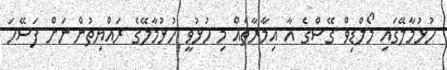
ހުޅުމާލޭގައި މޯލްޑިވް ގޭސްގެ އާ އިމާރާތެއް މި ހުޅުވީ ހުޅުމާލޭގެ ރައްޔިތުންނަށް ފަސޭހަ